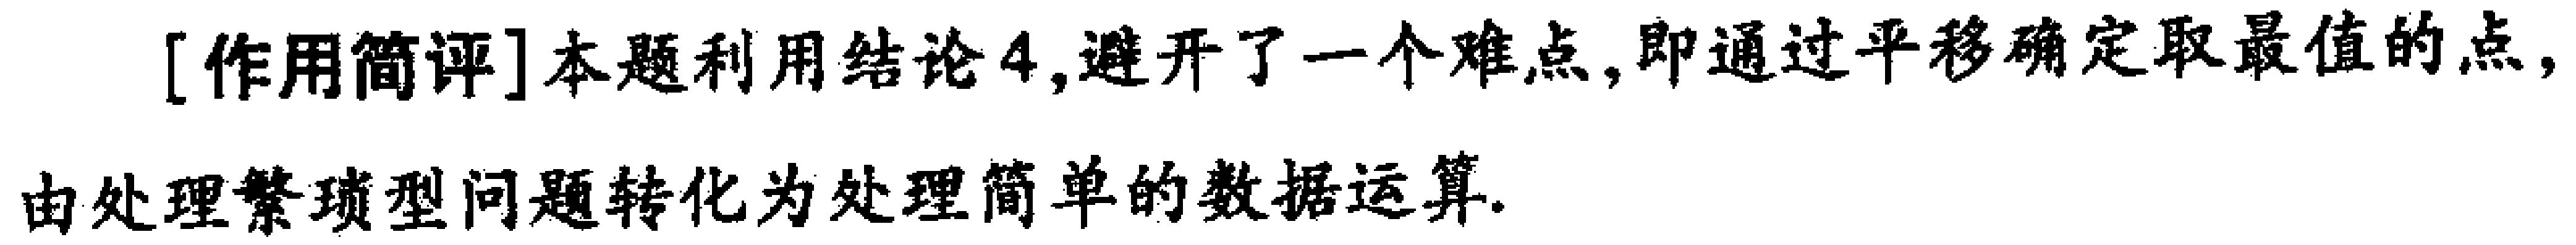
[作用简评]本题利用结论4,避开了一个难点,即通过平移确定取最值的点,由处理繁琐型问题转化为处理简单的数据运算.